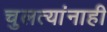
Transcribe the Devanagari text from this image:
चुलत्यांनाही